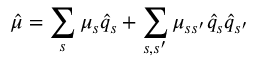
\hat { \mu } = \sum _ { s } \mu _ { s } \hat { q } _ { s } + \sum _ { s , s ^ { \prime } } \mu _ { s s ^ { \prime } } \hat { q } _ { s } \hat { q } _ { s ^ { \prime } }